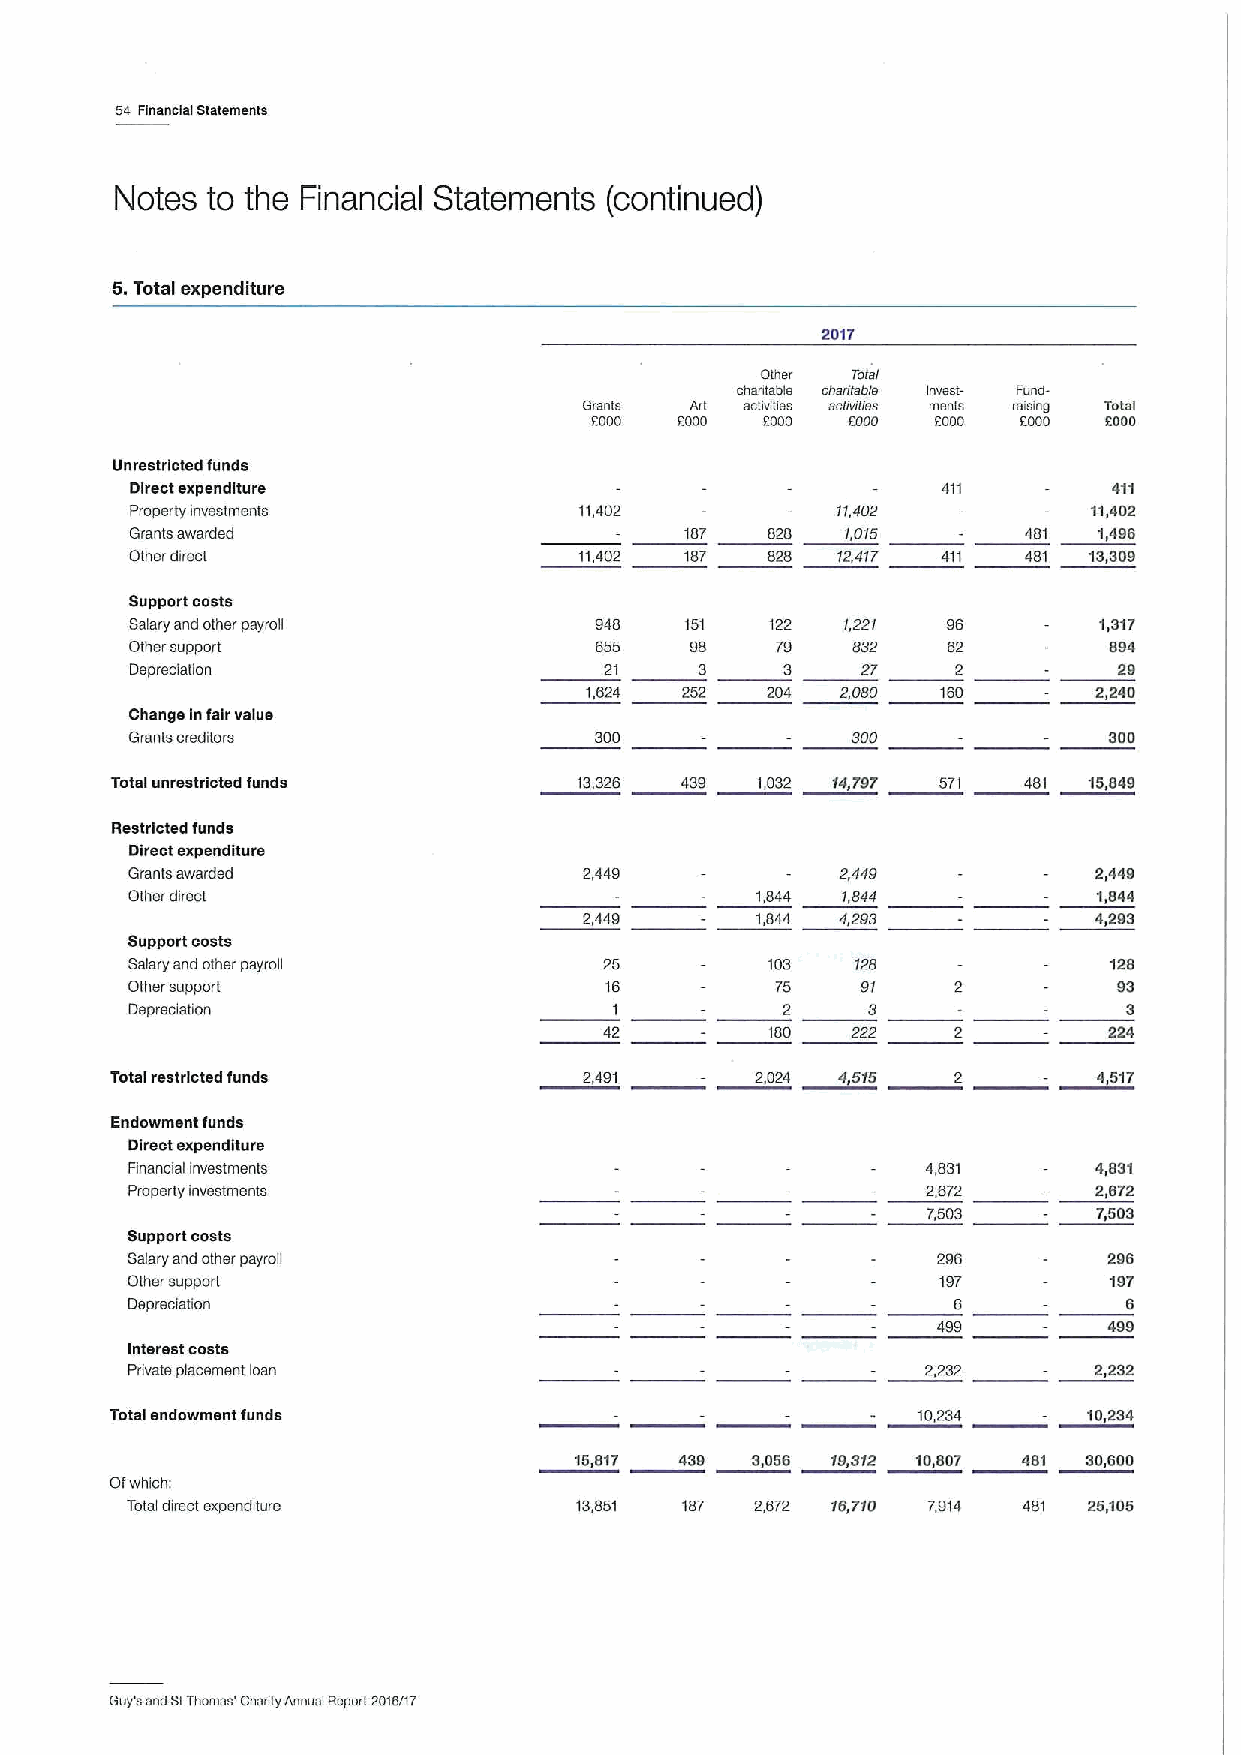
64 Financial statements
 Notes to the Financial Statements (continued)
 5.Total expenditure
 2017
 Other Total
 chahlable charilsble Invest- Fund-
 Grants An achvitlss activities ments rsainc Total
 OOOO  EOOO EOOO  6000  EOOD  EOOO EOOO
 Unrestricted funds
 Direct expenditure                                   411         411
 Property investments         11,402           11,402           11,402
 Grants awarded                      187   828  I,OI5       481  1,496
 Other direct                 11,402 187   828 12,4f7 4R    481 13,309
 Support costs
 Salary and other payroll      948   151   122  '/,221 96        1,317
 Other support                 655    98   79   832    62        684
 Depreciation                   21    3     3    27    2          29
 1,624 252   204  2,080 160       2,240
 Change Infair value
 Grants creditors              300              300              300
 Total unrestricted funds       13,328 439  1,032 14,797 571  481 15,849
 Restricted funds
 Direct expenditure
 Grants awarded                 2,449            2,449           2,449
 Other direct                              1,844 1,844            1,844
 2,449      1,844 4,293           4,293
 Support costs
 Salary and other payroll        25         103   128             128
 Other support                   16         75    91               93
 Depreciation                     I          2    3                 3
 42         180  222              224
 Total restricted funds          2,491      2024 4515    2         4517
 Endowment funds
 Direct expenditure
 Financial investments                                4,831      4,831
 Properly investments                                 2,672      2,672
 7,503       7,503
 Support costs
 Salary and other payroll                              296        296
 Othersupport                                          197        197
 Depreciation                                           6           6
 499        499
 Interest costs
 Private placement loan                               2,232      2232
 Total endowment funds                                 10234      10234
 15,817 439  3,056 19,312 10,807 461 30,600
 Ofwhich:
 Total direct expenditure      13,851 187  2,672 16,710 7914 481 25,105
 Guy's and GtThomas' Charity Annual Report 2016/lr